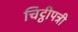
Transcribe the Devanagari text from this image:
चिट्ठीपत्री